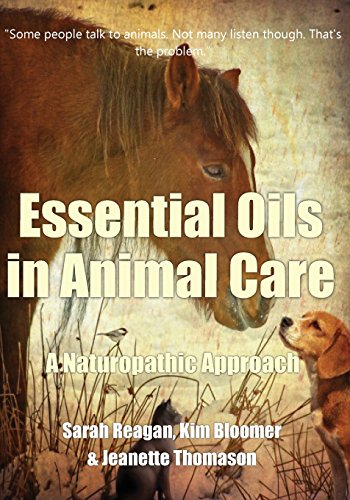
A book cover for Essential Oils in Animal Care: A Naturopathic Approach; Sarah Reagan; Health, Fitness & Dieting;